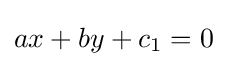
ax+by+c_{1}=0